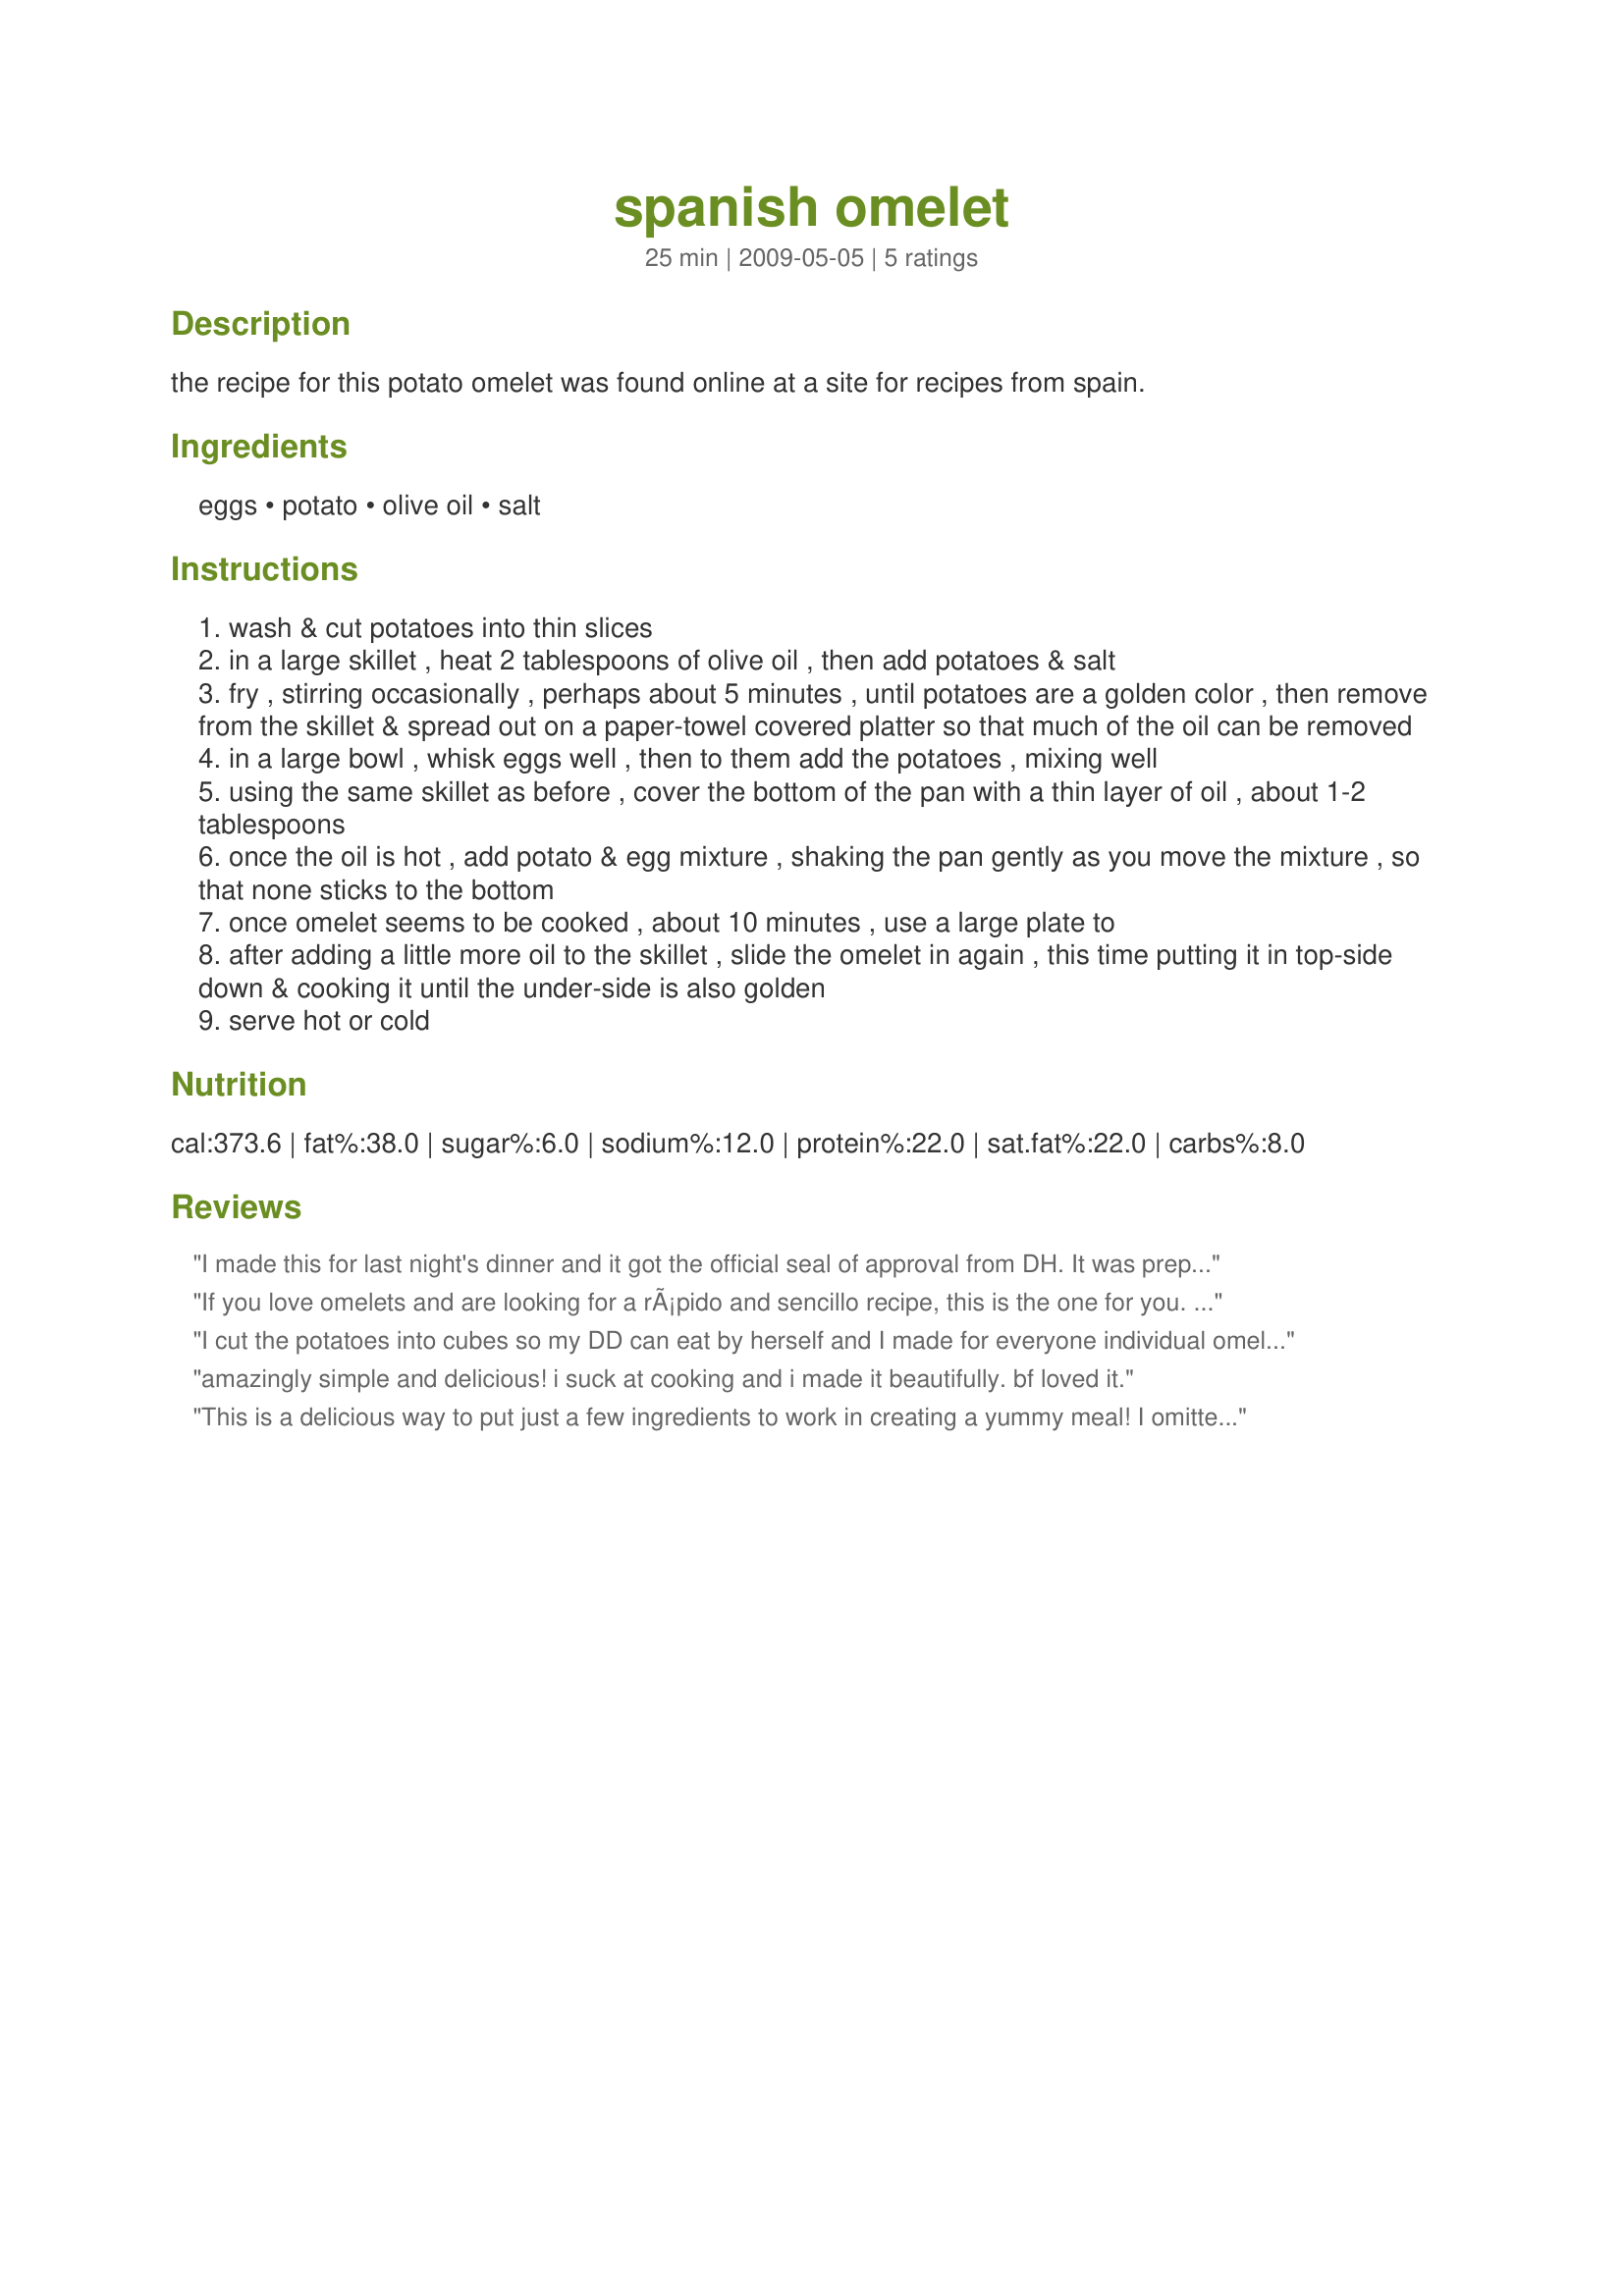
spanish omelet
Preparation time: 25 minutes

the recipe for this potato omelet was found online at a site for recipes from spain.

Ingredients:
eggs, potato, olive oil, salt

Steps:
wash & cut potatoes into thin slices
in a large skillet , heat 2 tablespoons of olive oil , then add potatoes & salt
fry , stirring occasionally , perhaps about 5 minutes , until potatoes are a golden color , then remove from the skillet & spread out on a paper-towel covered platter so that much of the oil can be removed
in a large bowl , whisk eggs well , then to them add the potatoes , mixing well
using the same skillet as before , cover the bottom of the pan with a thin layer of oil , about 1-2 tablespoons
once the oil is hot , add potato & egg mixture , shaking the pan gently as you move the mixture , so that none sticks to the bottom
once omelet seems to be cooked , about 10 minutes , use a large plate to
after adding a little more oil to the skillet , slide the omelet in again , this time putting it in top-side down & cooking it until the under-side is also golden
serve hot or cold

Reviews:
I made this for last night's dinner and it got the official seal of approval from DH. It was prepared as written but it would be easy to jazz it up with add ins such as onions and pepper.
Made for 123 Hit Tag
If you love omelets and are looking for a rÃ¡pido and sencillo recipe, this is the one for you. I used frozen shredded potatoes (thawed) and added some chopped Spanish onions. I had dinner on the table in a flash...Ole'! Made for ZWT5.
I cut the potatoes into cubes so my DD can eat by herself and I made for everyone individual omelets. DD had ketchup and mayo on top of it.It's a fast recipe and if you want to kick it up add the onions. Saw a while ago on Rachel Ray a recipe for "Spanish Pizza". The same thing plus the onions. That's when DD fell in love with fried potatoes with onions.
I used to make something like this for DD but I poured the egg on the potato rather than mixed it. A big difference.
amazingly simple and delicious! i suck at cooking and i made it beautifully. bf loved it.
This is a delicious way to put just a few ingredients to work in creating a yummy meal! I omitted the salt (personal preference). Wonderful served with a simple salad. Thanks for sharing!
